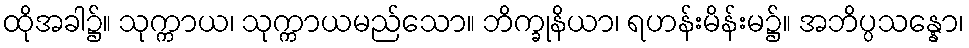
ထိုအခါ၌။ သုက္ကာယ၊ သုက္ကာယမည်သော။ ဘိက္ခုနိယာ၊ ရဟန်းမိန်းမ၌။ အဘိပ္ပသန္နော၊